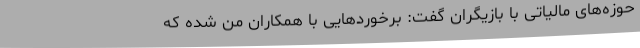
حوزه‌های مالیاتی با بازیگران گفت: برخوردهایی با همکاران من شده که